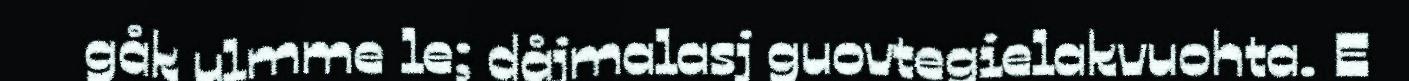
gåk ulmme le; dåjmalasj guovtegielakvuohta. E